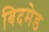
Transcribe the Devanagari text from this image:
बिदमेड